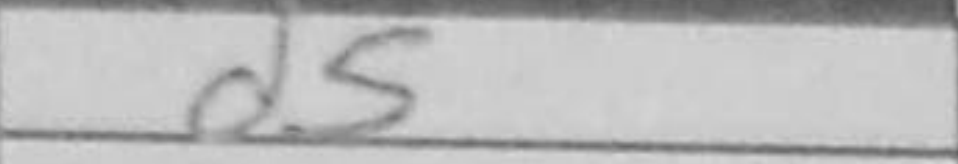
Transcription: d5